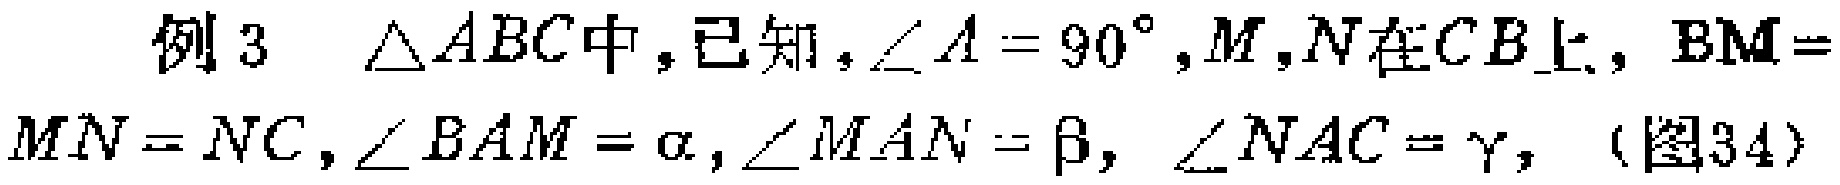
例3 $\triangle ABC$中，已知，$\angle A = 90^{\circ},M,N在CB上，BM = MN = NC,\angle BAM=\alpha,\angle MAN = \beta,\angle NAC=\gamma,$（图34）